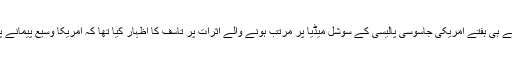
فیس بک کے بانی زکر برگ نے ابھی پچھلے ہی ہفتے امریکی جاسوسی پالیسی کے سوشل میڈیا پر مرتب ہونے والے اثرات پر تاسف کا اظہار کیا تھا کہ امریکا وسیع پیمانے پر آن لائن جاسوسی کے اقدامات کر رہا ہے۔